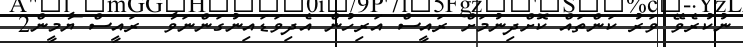
ނުކުރެވޭ ވަރު ކަންތައް ކޮށްދިނުމަށް ރައީސް އަރިހުން އެދިވަޑައިނުގަންނަވާ  ރައީސް ޔާމީން2